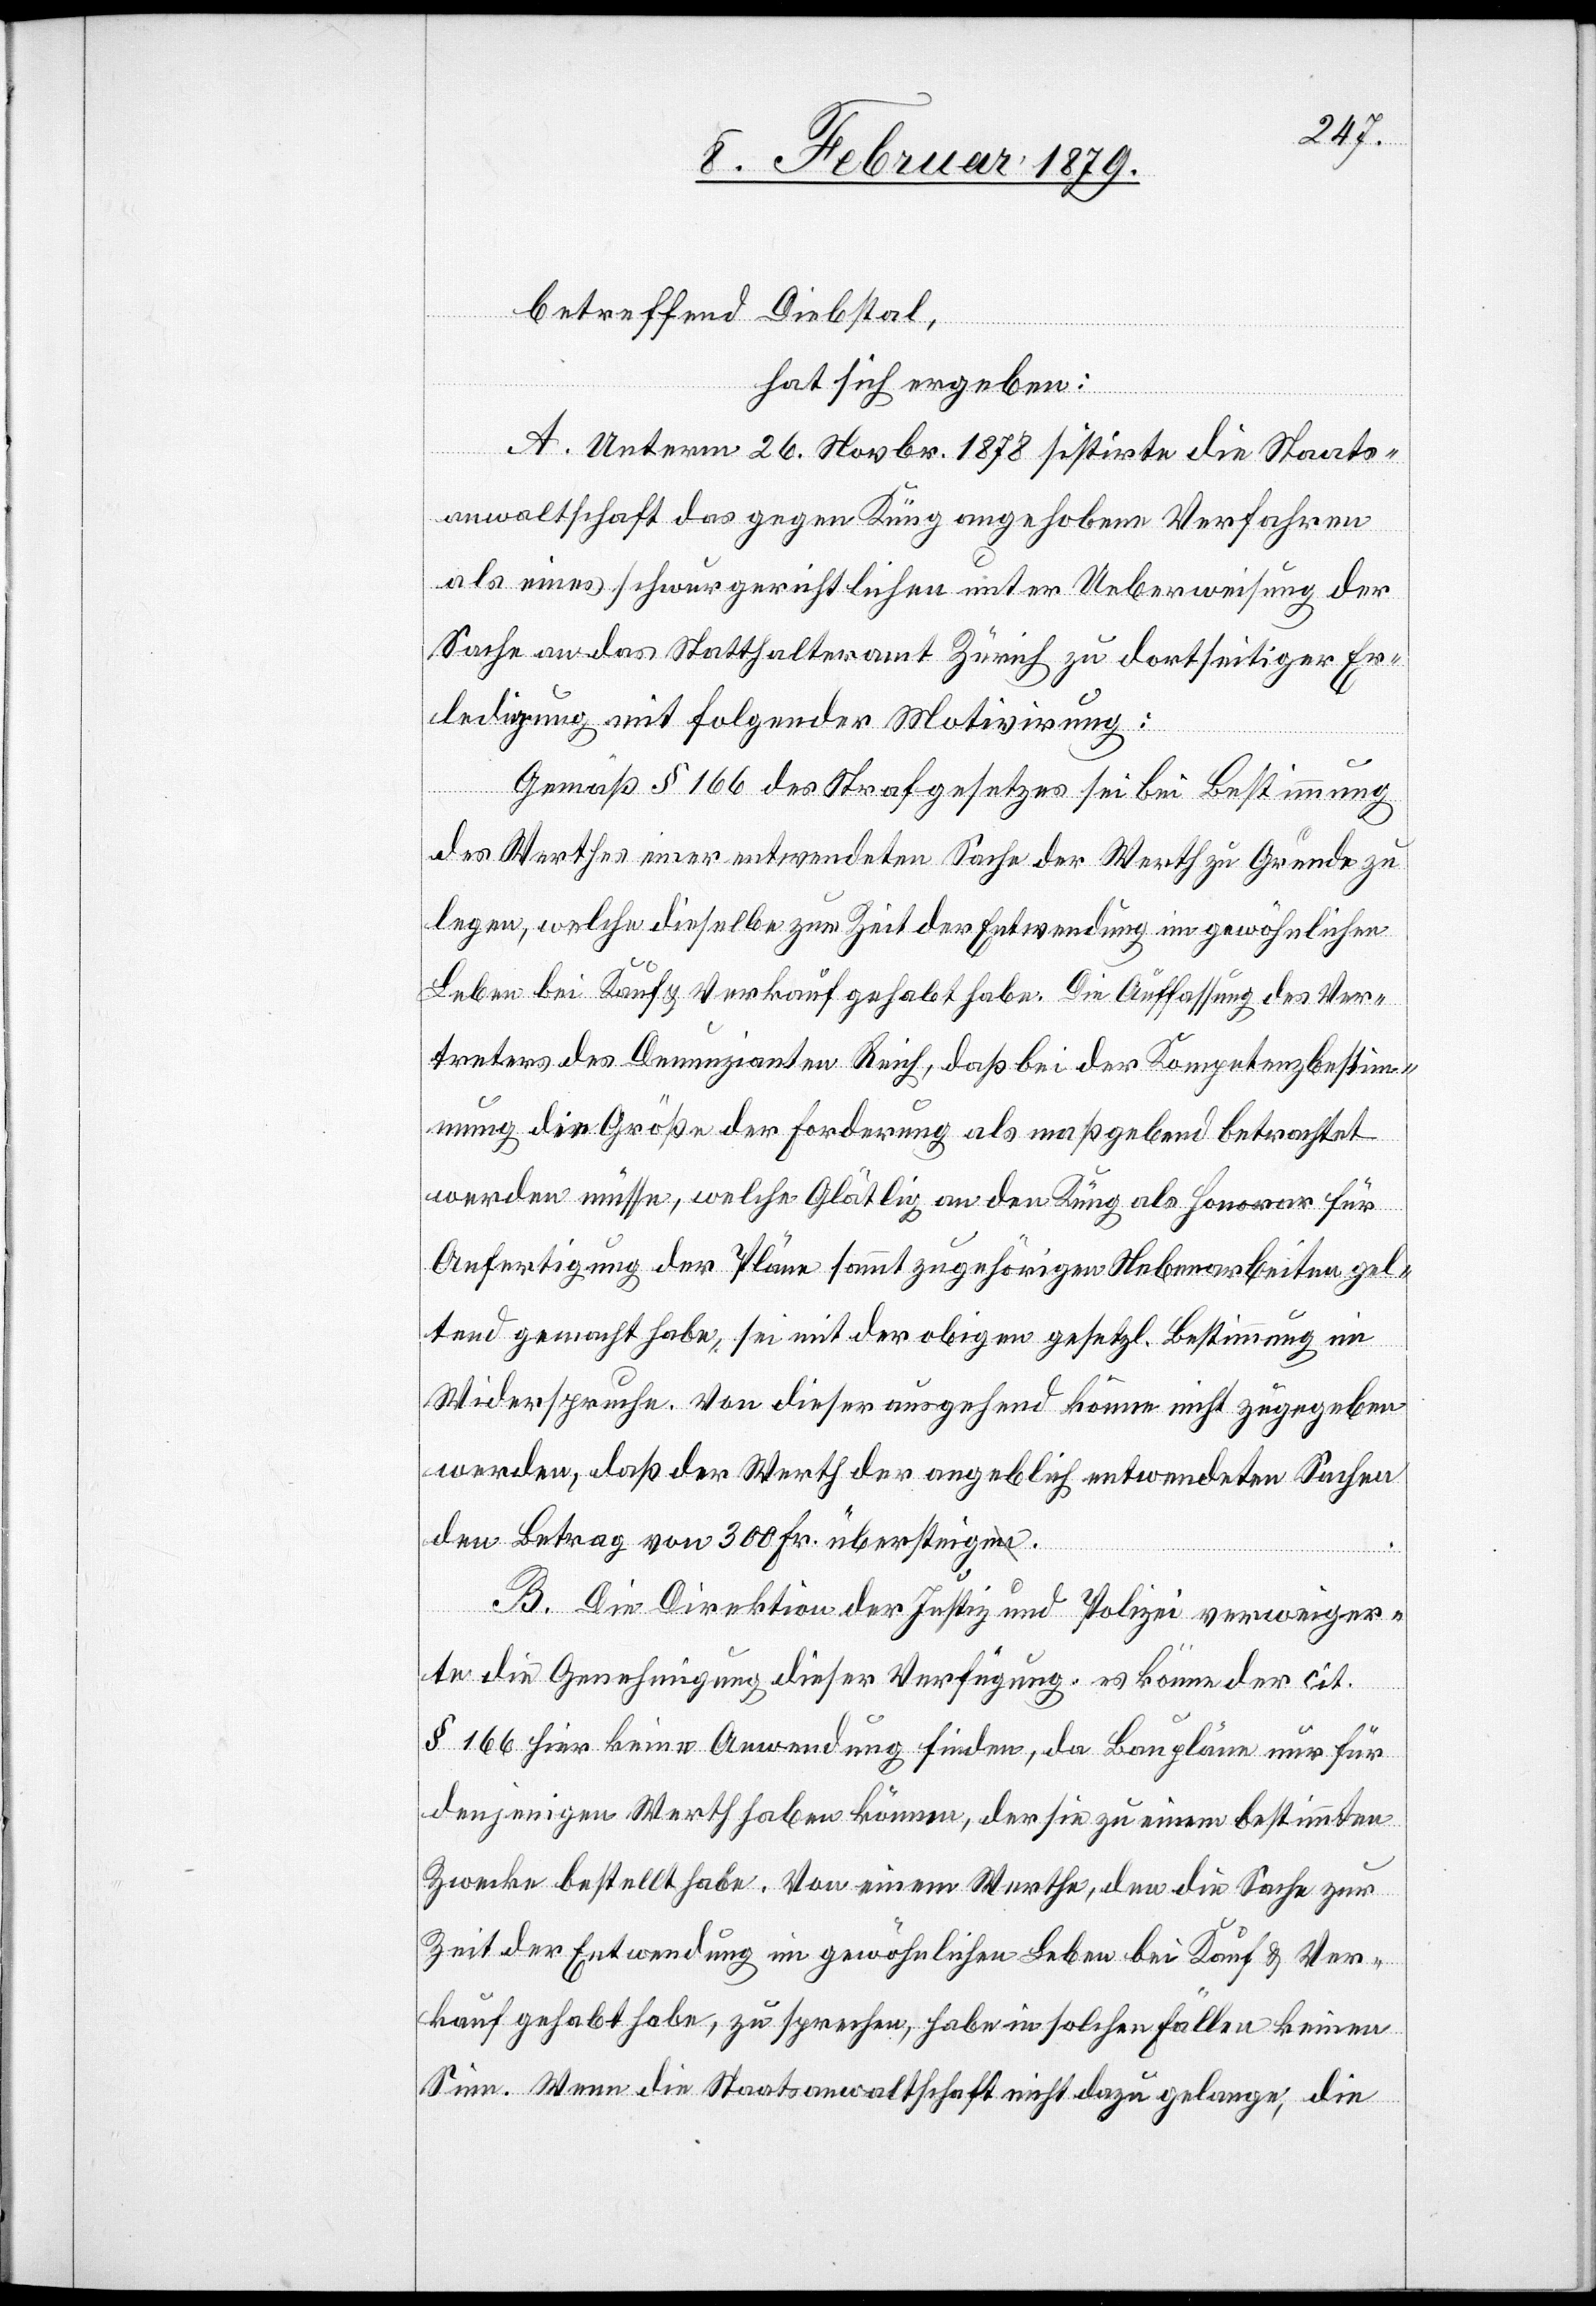
betreffend Diebstal,
hat sich ergeben:
A. Unterm 26. Novbr. 1878 sistirte die Staats¬
anwaltschaft das gegen Küng angehobene Verfahren
als eines schwurgerichtlichen unter Ueberweisung der
Sache an das Statthalteramt Zürich zu dortseitiger Er¬
ledigung mit folgender Motivirung:
Gemäß § 166 des Strafgesetzes sei bei Bestimmung
des Werthes einer entwendeten Sache der Werth zu Grunde zu
legen, welche dieselbe zur Zeit der Entwendung im gewöhnlichen
Leben bei Kauf & Verkauf gehabt habe. Die Auffassung des Ver¬
treters des Denunzianten Reich, daß bei der Kompetenzbestimm¬
ung die Größe der Forderung als maßgebend betrachtet
werden müsse, welche Glätlig an den Küng als Honorar für
Anfertigung der Pläne sammt zugehörigen Nebenarbeiten gel¬
tend gemacht habe, sei mit der obigen gesetzl. Bestimmung im
Widerspruche. Von dieser ausgehend könne nicht zugegeben
werden, daß der Werth der angeblich entwendeten Sachen
den Betrag von 300 Fr. übersteige.
B. Die Direktion der Justiz und Polizei verweiger¬
te die Genehmigung dieser Verfügung, es könne der cit.
§ 166 hier keine Anwendung finden, da Baupläne nur für
denjenigen Wert haben können, der sie zu einem bestimmten
Zwecke bestellt habe. Von einem Werthe, den die Sache zur
Zeit der Entwendung im gewöhnlichen Leben bei Kauf & Ver¬
kauf gehabt habe, zu sprechen, habe in solchen Fällen keinen
Sinn. Wenn die Staatsanwaltschaft nicht dazu gelange, die